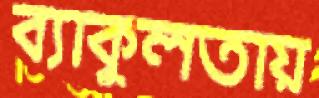
ব্যাকুলতায়